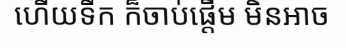
ហើយទឹក ក៏ចាប់ផ្តើម មិនអាច